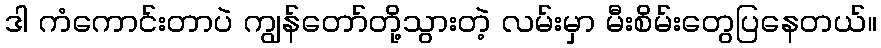
ဒါ ကံကောင်းတာပဲ ကျွန်တော်တို့သွားတဲ့ လမ်းမှာ မီးစိမ်းတွေပြနေတယ်။